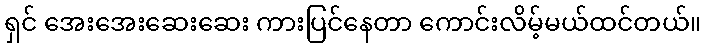
ရှင် အေးအေးဆေးဆေး ကားပြင်နေတာ ကောင်းလိမ့်မယ်ထင်တယ်။